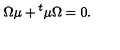
\Omega \mu + { } ^ { t } \mu \Omega = 0 .